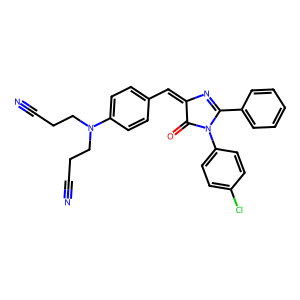
SMILES: N#CCCN(CCC#N)c1ccc(C=C2N=C(c3ccccc3)N(c3ccc(Cl)cc3)C2=O)cc1
Inhibits HIV replication: No